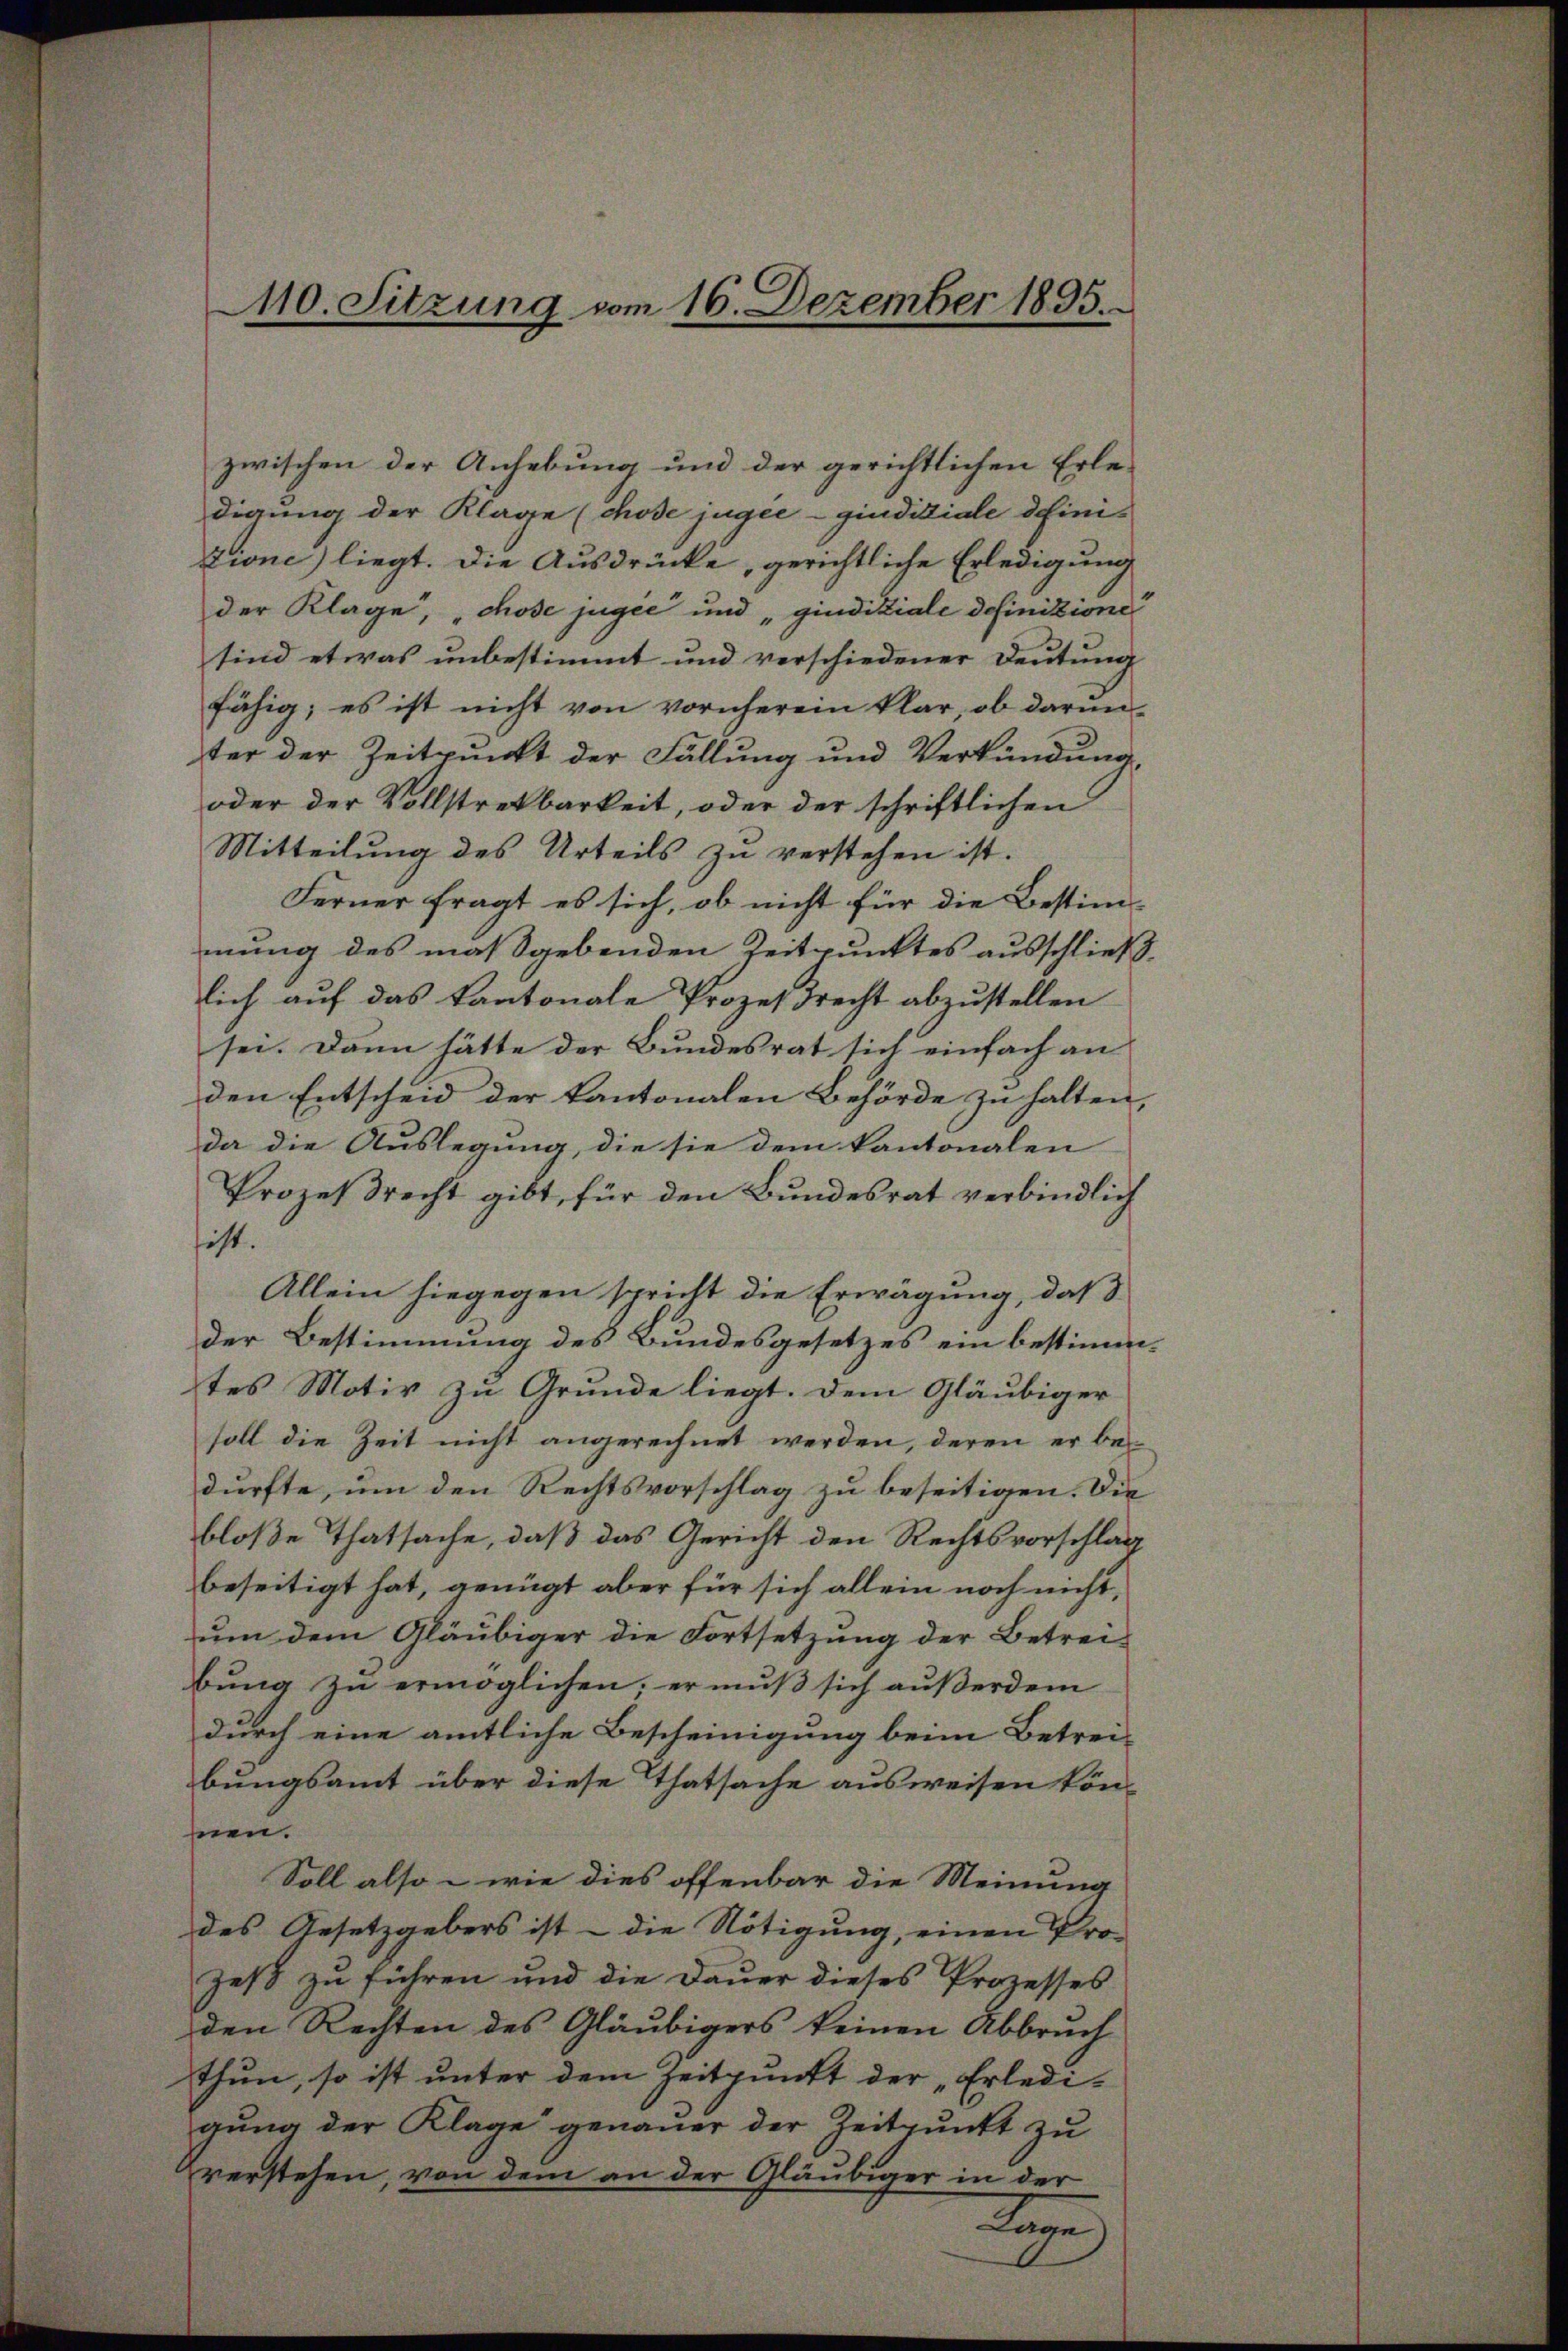
110. Sitzung vom 16. Dezember 1895.

zwischen der Anhebung und der gerichtlichen Erle-
digung der Klage (chose jugee- giudiziale defini-
tione liegt. Die Ausdrücke, gerichtliche Erledigung
der Klage, chose jugée und „gindiziale definitione
sind etwas unbestimmt und verschiedener Deutung
fähig; es ist nicht von vornherein klar, ob darun
ter der Zeitpunkt der Fällung und Verkündung,
oder der Vollstretbarkeit, oder der schriftlichen
Mitteilung des Urteils zu verstehen ist.
Ferner fragt es sich, ob nicht für die Bestimmung des maßgebenden Zeitpunktes ausschließ,
lich auf das Kantonale Prozesrecht abzustellen
sei. Dann hätte der Bundesrat sich einfach an
den Entscheid der Kantonalen Behörde zu halten,
da die Auslegung, die sie dem kantonalen
Prozessrecht gibt, für den Bundesrat verbindlich
hist.
Allein hiegegen spricht die Erwägung, daß
der Bestimmung des Bundesgesetzes ein bestimmtes Motiv zu Grunde liegt. Dem Gläubiger
soll die Zeit nicht angerechnet werden, deren er bedurfte, um den Rechtsvorschlag zu beseitigen. Die
bloße Thatsache, daß das Gericht den Rechtsvorschlag
beseitigt hat, genügt aber für sich allein noch nicht,
um dem Gläubiger die Fortsetzung der Betreibung zu ermöglichen, er muß sich außerdem
durch eine amtliche Bescheinigung beim Betrei-
bungsamt über diese Thatsache ausweisen könhnen.
Soll also – wie dies offenbar die Meinung
des Gesetzgebers ist - die Nötigung, einen Pro-
zeß zu führen und die Dauer dieses Prozesses
den Rechten des Gläubigers keinen Abbruch
thun, so ist unter dem Zeitpunkt der „Erledigung der Klage genauer der Zeitpunkt zu
verstehen, von dem an der Gläubiger in der
2